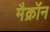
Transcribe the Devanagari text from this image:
मैक्रॉन